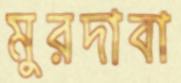
মুরদাবা